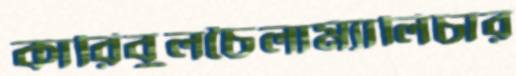
কারিবুলচৈলাম্যালিচার